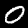
Label: 0